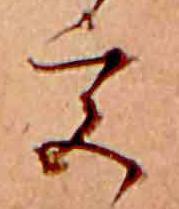
宮